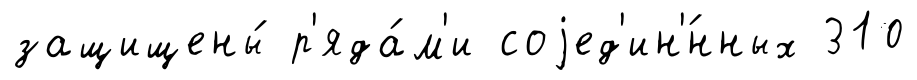
защищены́ р'яда́м'и соjед'ин'́нных 310